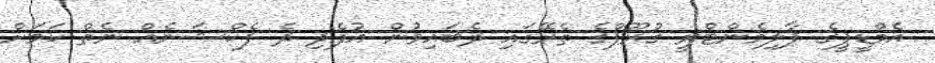
އެމްޑީޕީގެ ޕާލިމެންޓްރީ ގުރޫޕްގެ ތެރޭގައި ދެބައިވުން އުފެދި ދެ ފެކްޝަނެއް ނެތް ކަމަށް